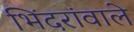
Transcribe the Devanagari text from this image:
भिंदरांवाले